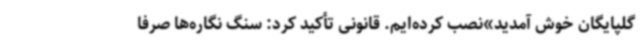
گلپایگان خوش آمدید»نصب کرده‌ایم. قانونی تأکید کرد: سنگ نگاره‌ها صرفا